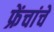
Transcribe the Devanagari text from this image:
फ्रेंचांचे